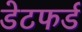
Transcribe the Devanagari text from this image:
डेटफर्ड